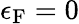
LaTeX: \epsilon_{\textrm{F}}=0